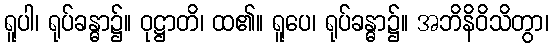
ရူပါ၊ ရုပ်ခန္ဓာ၌။ ဝုဋ္ဌာတိ၊ ထ၏။ ရူပေ၊ ရုပ်ခန္ဓာ၌။ အဘိနိဝိသိတွာ၊